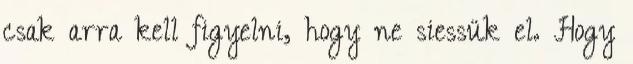
csak arra kell figyelni, hogy ne siessük el. Hogy